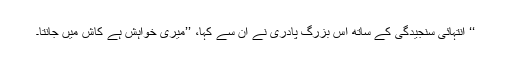
‘‘ انتہائی سنجیدگی کے ساتھ اُس بزرگ پادری نے اُن سے کہا، ’’میری خواہش ہے کاش میں جانتا۔